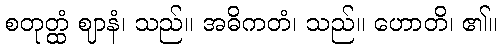
စတုတ္ထံ ဈာနံ၊ သည်။ အဓိကတံ၊ သည်။ ဟောတိ၊ ၏။